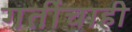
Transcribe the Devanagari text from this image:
गतींचाही